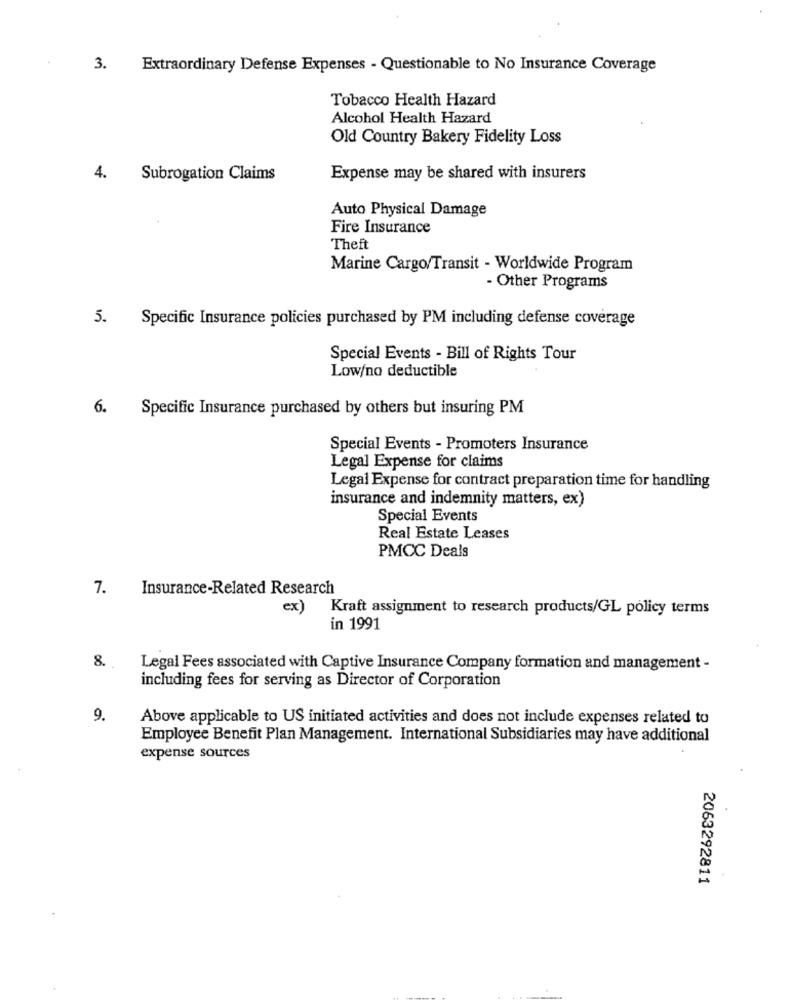
3.
Extraordinary Defense Expenses - Questionable to No Insurance Coverage
Tobacco Health Hazard
Alcohol Health Hazard
Old Country Bakery Fidelity Loss
4.
Subrogation Claims
Expense may be shared with insurers
Auto Physical Damage
Fire Insurance
Theft
Marine Cargo/Transit - Worldwide Program
- Other Programs
5.
Specific Insurance policies purchased by PM including defense coverage
Special Events - Bill of Rights Tour
Low/no deductible
6. Specific Insurance purchased by others but insuring PM
Special Events - Promoters Insurance
Legal Expense for claims
Legal Expense for contract preparation time for handling
insurance and indemnity matters, ex)
Special Events
Real Estate Leases
PMCC Deals
7.
Insurance-Related Research
ex)
Kraft assignment to research products/GL policy terms
in 1991
8.
Legal Fees associated with Captive Insurance Company formation and management -
including fees for serving as Director of Corporation
9.
Above applicable to US initiated activities and does not include expenses related to
Employee Benefit Plan Management. International Subsidiaries may have additional
expense sources
2063292811